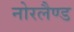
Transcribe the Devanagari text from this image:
नोरलैण्ड